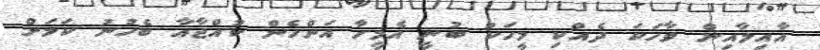
އާއިލާއިން ވާހަކަ ދެއްކި މީހަކު ބުނީ އެމީހާ އަންހެން ކުއްޖާއާ ބެހުނު ކަމަށް